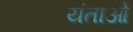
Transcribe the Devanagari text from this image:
यंताओं